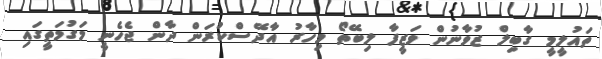
ތައުލީމީ ގާބިލް ޒުވާނުން ވަޒީފާ ލިބޭތޯ މިހާރު އާދޭސްކުރަން ދާން ޖެހެނީ މަގުމަތީގައި